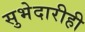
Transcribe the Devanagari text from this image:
सुभेदारीही